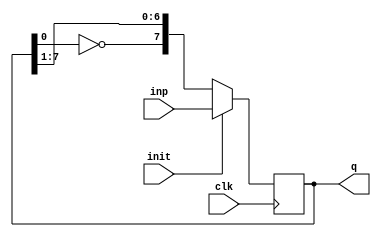
`timescale 1ns/1ns

module johnson_rc (
    output reg [7:0] q,
    input clk, init, input [7:0] inp
);

    always @(posedge clk) begin
        if (init) begin
            q <= inp;
        end
        else begin
            q <= {~q[0], q[7:1]};
        end
    end
    
endmodule